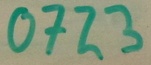
Text: 0723